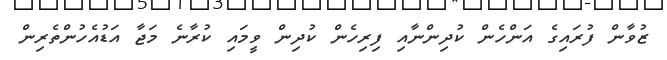
ޒުވާން ފުރައިގެ އަންހެން ކުދިންނާއި ފިރިހެން ކުދިން ވީމައި ކުރާނެ މަޖާ އަޑުއެހުންތެރިން